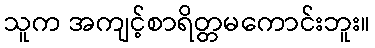
သူက အကျင့်စာရိတ္တမကောင်းဘူး။